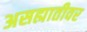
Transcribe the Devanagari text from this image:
असह्मातीवर